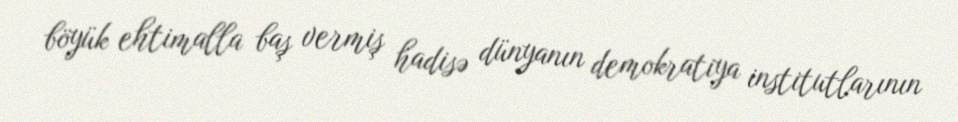
böyük ehtimalla baş vermiş hadisə dünyanın demokratiya institutlarının